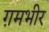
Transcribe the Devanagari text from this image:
ग़मभीर